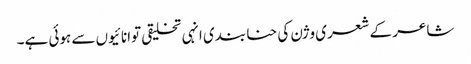
شاعر کے شعری وژن کی حنا بندی انہی تخلیقی توانائیوں سے ہوئی ہے۔